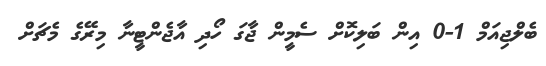
ބެލްޖިއަމް 1-0 އިން ބަލިކޮށް ސެމީން ޖާގަ ހޯދި އާޖެންޓީނާ މިރޭގެ މެޗަށް